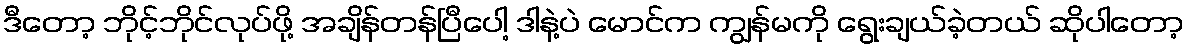
ဒီတော့ ဘိုင့်ဘိုင်လုပ်ဖို့ အချိန်တန်ပြီပေါ့ ဒါနဲ့ပဲ မောင်က ကျွန်မကို ရွေးချယ်ခဲ့တယ် ဆိုပါတော့